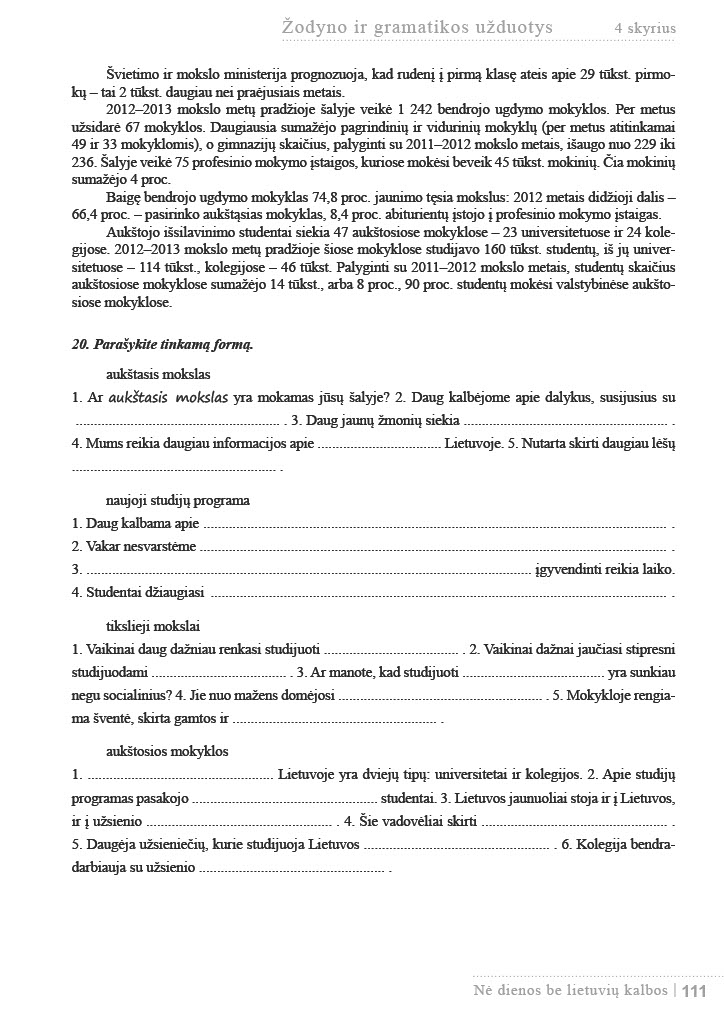
Language: lt